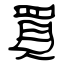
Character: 買